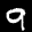
Label: 9